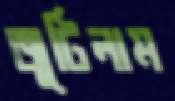
জুটিলাম